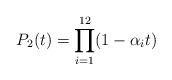
LaTeX: \begin{align*}P_2(t) = \prod_{i=1}^{12}(1-\alpha_i t)\end{align*}